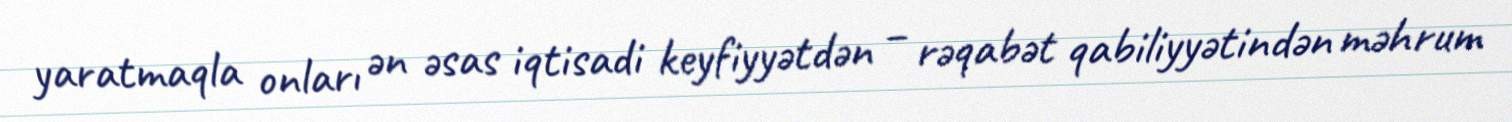
yaratmaqla onları ən əsas iqtisadi keyfiyyətdən – rəqabət qabiliyyətindən məhrum